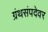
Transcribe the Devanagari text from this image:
ग्रंथसंपदेवर